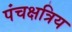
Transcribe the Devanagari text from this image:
पंचक्षत्रिय